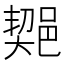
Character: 𨜣